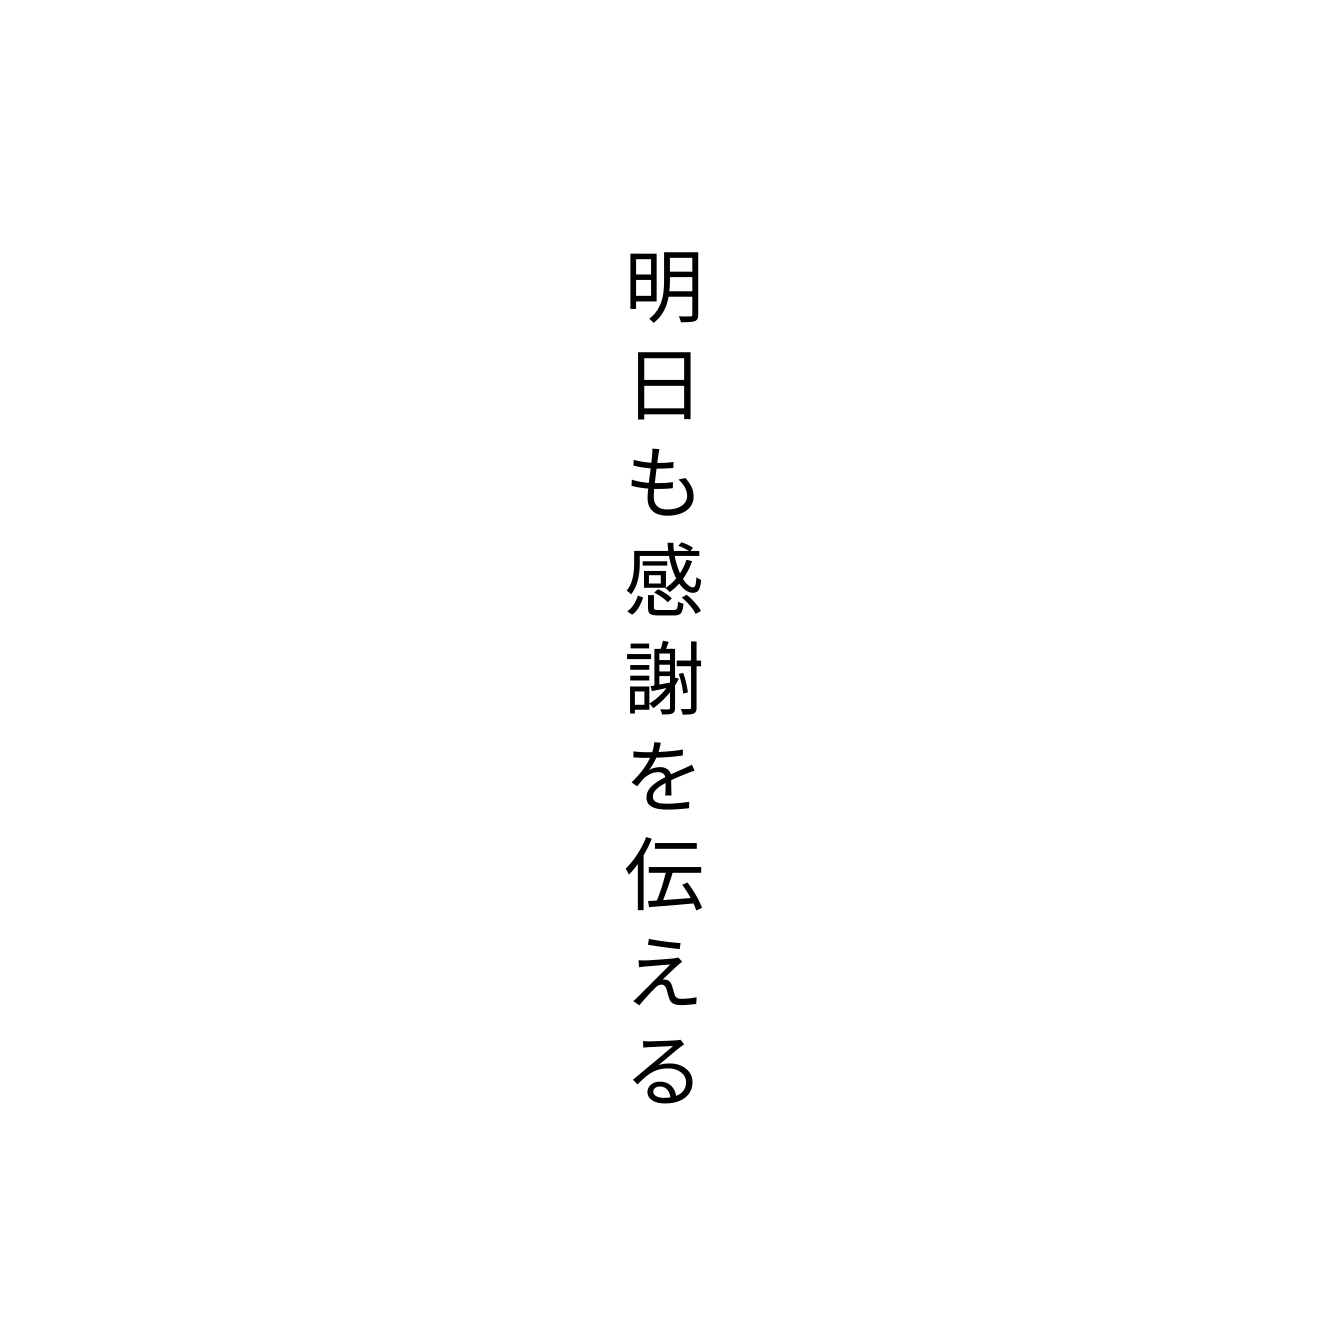
明日も感謝を伝える